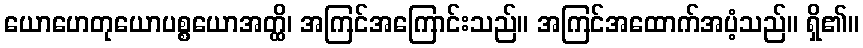
ယောဟေတုယောပစ္စယောအတ္ထိ၊ အကြင်အကြောင်းသည်။ အကြင်အထောက်အပံ့သည်။ ရှိ၏။